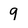
Character: 9